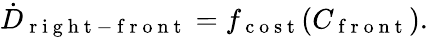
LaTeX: \dot{D}_{\mathrm{~r~i~g~h~t~-~f~r~o~n~t~}}=f_{\mathrm{~c~o~s~t~}}(C_{\mathrm{~f~r~o~n~t~}}).